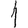
Digit: 1